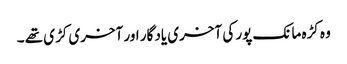
وہ کڑہ مانک پور کی آخری یاد گار اور آخری کڑی تھے ۔